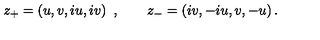
z _ { + } = \left( u , v , i u , i v \right) \ , \qquad z _ { - } = \left( i v , - i u , v , - u \right) .